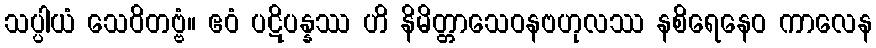
သပ္ပါယံ သေဝိတဗ္ဗံ။ ဧဝံ ပဋိပန္နဿ ဟိ နိမိတ္တာသေဝနဗဟုလဿ နစိရေနေဝ ကာလေန